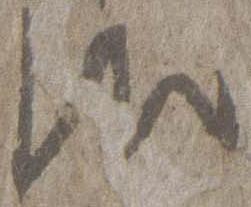
御